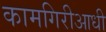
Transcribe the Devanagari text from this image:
कामगिरीआधी